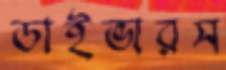
ডাইভারস